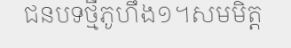
ជនបទថ្មីភូហឹង១។សមមិត្ត